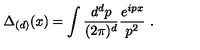
\Delta _ { ( d ) } ( x ) = \int { \frac { d ^ { d } p } { ( 2 \pi ) ^ { d } } } { \frac { e ^ { i p x } } { p ^ { 2 } } } \ .